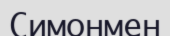
Симонмен